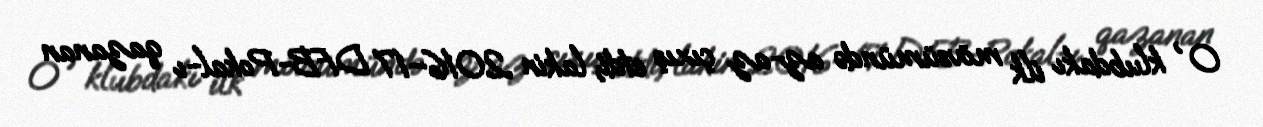
O , klubdakı ilk mövsümündə az-az çıxış etdi, lakin 2016–17 DFB-Pokal-ı qazanan